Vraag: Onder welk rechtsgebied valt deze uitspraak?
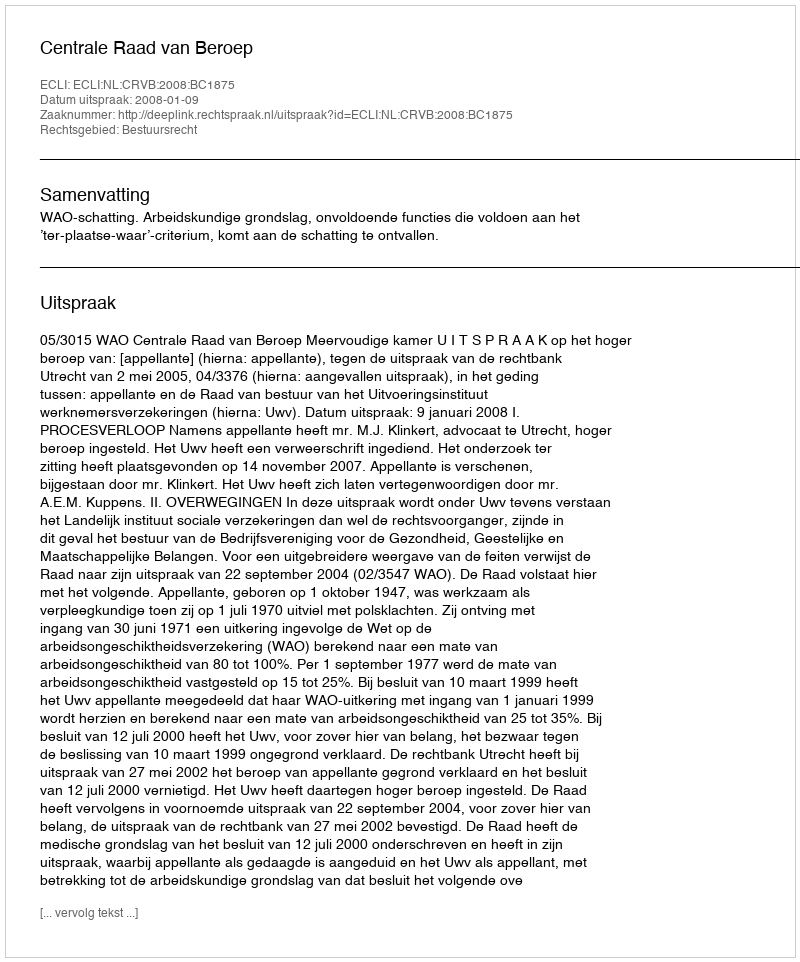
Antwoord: Bestuursrecht